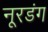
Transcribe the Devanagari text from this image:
नूरडंग